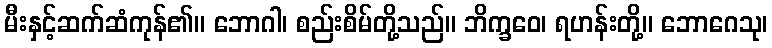
မီးနှင့်ဆက်ဆံကုန်၏။ ဘောဂါ၊ စည်းစိမ်တို့သည်။ ဘိက္ခဝေ၊ ရဟန်းတို့။ ဘောဂေသု၊